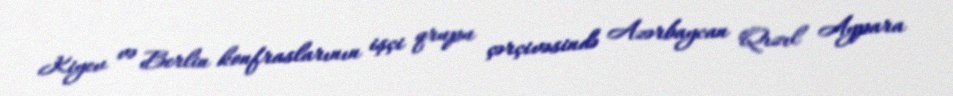
Kiyev və Berlin konfraslarının işçi qrupu çərçivəsində Azərbaycan Qızıl Aypara